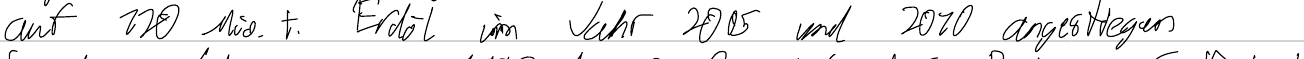
auf 120 Mio. t. Erdöl im Jahr 2005 und 2010 angestiegen